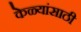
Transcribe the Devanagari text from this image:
केळ्यांसाठी